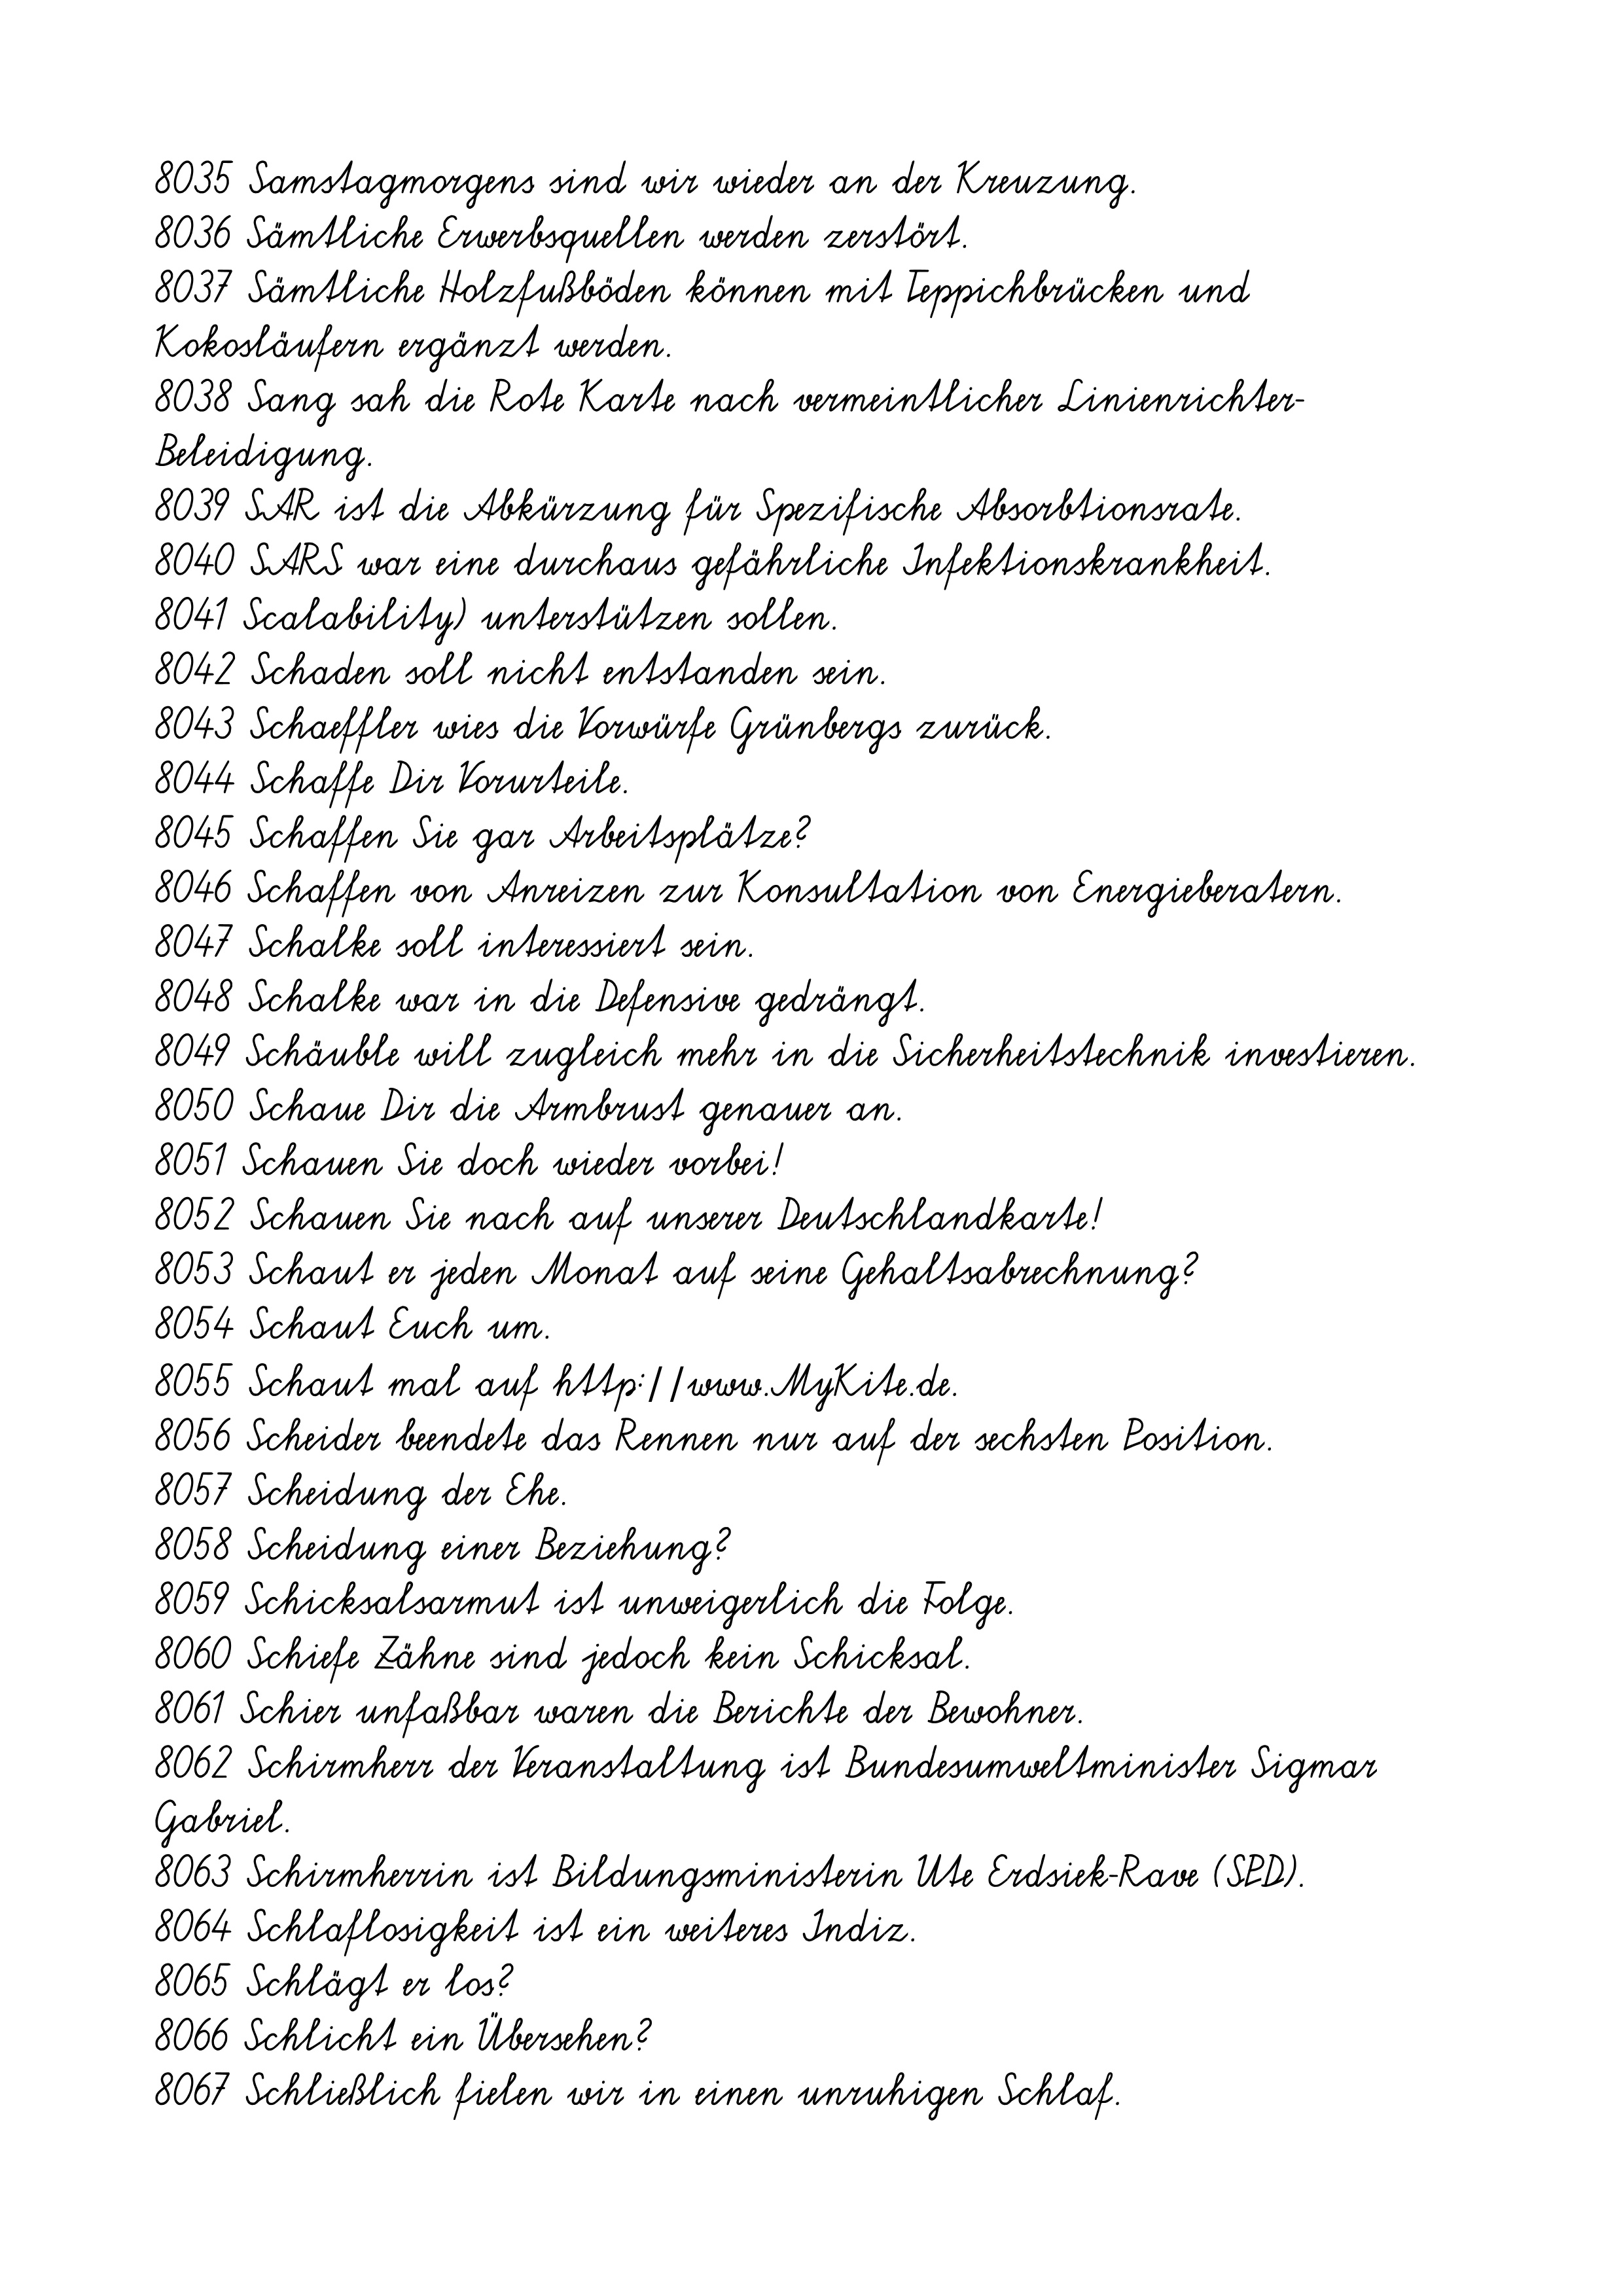
8035 Samstagmorgens sind wir wieder an der Kreuzung.
8036 Sämtliche Erwerbsquellen werden zerstört.
8037 Sämtliche Holzfußböden können mit Teppichbrücken und
Kokosläufern ergänzt werden.
8038 Sang sah die Rote Karte nach vermeintlicher Linienrichter-
Beleidigung.
8039 SAR ist die Abkürzung für Spezifische Absorbtionsrate.
8040 SARS war eine durchaus gefährliche Infektionskrankheit.
8041 Scalability) unterstützen sollen.
8042 Schaden soll nicht entstanden sein.
8043 Schaeffler wies die Vorwürfe Grünbergs zurück.
8044 Schaffe Dir Vorurteile.
8045 Schaffen Sie gar Arbeitsplätze?
8046 Schaffen von Anreizen zur Konsultation von Energieberatern.
8047 Schalke soll interessiert sein.
8048 Schalke war in die Defensive gedrängt.
8049 Schäuble will zugleich mehr in die Sicherheitstechnik investieren.
8050 Schaue Dir die Armbrust genauer an.
8051 Schauen Sie doch wieder vorbei!
8052 Schauen Sie nach auf unserer Deutschlandkarte!
8053 Schaut er jeden Monat auf seine Gehaltsabrechnung?
8054 Schaut Euch um.
8055 Schaut mal auf http://www.MyKite.de.
8056 Scheider beendete das Rennen nur auf der sechsten Position.
8057 Scheidung der Ehe.
8058 Scheidung einer Beziehung?
8059 Schicksalsarmut ist unweigerlich die Folge.
8060 Schiefe Zähne sind jedoch kein Schicksal.
8061 Schier unfaßbar waren die Berichte der Bewohner.
8062 Schirmherr der Veranstaltung ist Bundesumweltminister Sigmar
Gabriel.
8063 Schirmherrin ist Bildungsministerin Ute Erdsiek-Rave (SPD).
8064 Schlaflosigkeit ist ein weiteres Indiz.
8065 Schlägt er los?
8066 Schlicht ein Übersehen?
8067 Schließlich fielen wir in einen unruhigen Schlaf.